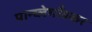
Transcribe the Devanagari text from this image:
पान्च्लेगाँवकर